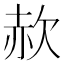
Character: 赥